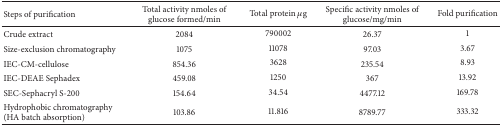
<table><thead><tr><td><b>Steps of purification</b></td><td><b>Total activity nmoles of glucose formed/min</b></td><td><b>Total protein <i>μ</i>g</b></td><td><b>Specific activity nmoles of glucose/mg/min</b></td><td><b>Fold purification</b></td></tr></thead><tbody><tr><td>Crude extract</td><td>2084</td><td>790002</td><td>26.37</td><td>1</td></tr><tr><td>Size-exclusion chromatography </td><td>1075</td><td>11078</td><td>97.03</td><td>3.67</td></tr><tr><td>IEC-CM-cellulose</td><td>854.36</td><td>3628</td><td>235.54</td><td>8.93</td></tr><tr><td>IEC-DEAE Sephadex</td><td>459.08</td><td>1250</td><td>367</td><td>13.92 </td></tr><tr><td>SEC-Sephacryl S-200</td><td>154.64</td><td>34.54</td><td>4477.12</td><td>169.78</td></tr><tr><td>Hydrophobic chromatography (HA batch absorption) </td><td>103.86</td><td>11.816</td><td>8789.77</td><td>333.32</td></tr></tbody></table>